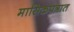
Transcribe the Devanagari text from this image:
मासिकपत्रात